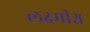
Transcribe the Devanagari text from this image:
लक्ष्मीश्च